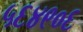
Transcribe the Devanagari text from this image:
५६४९०६